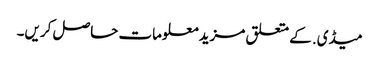
میڈی. کے متعلق مزید معلومات حاصل کریں۔